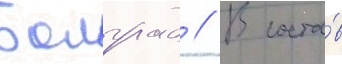
Болград // В соста́в